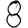
Digit: 8